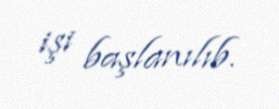
işi başlanılıb.